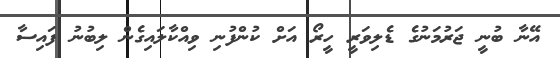
އޭނާ ބުނީ ޖަރުމަނުގެ ޑެލިވަރީ ހީރޯ އަށް ކުންފުނި ވިއްކާލައިގެން ލިބުނު ފައިސާ